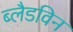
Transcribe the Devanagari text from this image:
ब्लैडविन